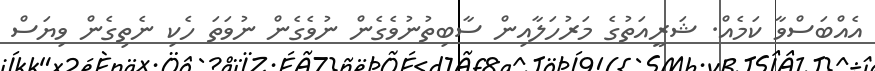
އެއްބަސްވާ ކަމެއް. ޝަރީއަތުގެ މަރުހަލާއިން ސާބިތުނުވެގެން ނުވެގެން ނުވަތަ ހެކި ނެތިގެން ވިޔަސް